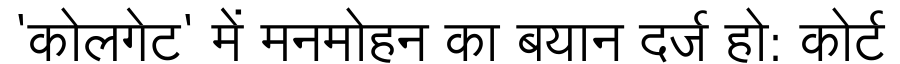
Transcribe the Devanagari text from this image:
'कोलगेट' में मनमोहन का बयान दर्ज हो: कोर्ट